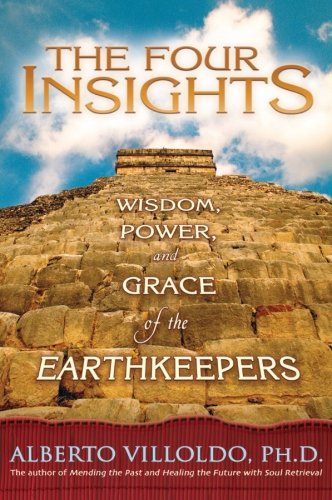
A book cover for The Four Insights: Wisdom, Power, and Grace of the Earthkeepers; Alberto Villoldo Ph.D.; Religion & Spirituality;